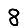
Digit: 8